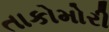
તાકોમોરી